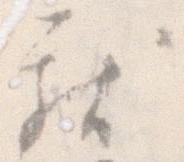
献